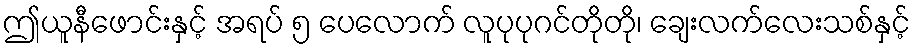
ဤယူနီဖောင်းနှင့် အရပ် ၅ ပေလောက် လူပုပုဂင်တိုတို၊ ချေးလက်လေးသစ်နှင့်